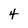
Character: 4